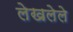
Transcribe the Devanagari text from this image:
लेखलेले